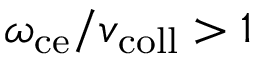
\omega _ { \mathrm { c e } } / v _ { \mathrm { c o l l } } > 1